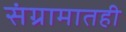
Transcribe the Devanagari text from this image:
संग्रामातही